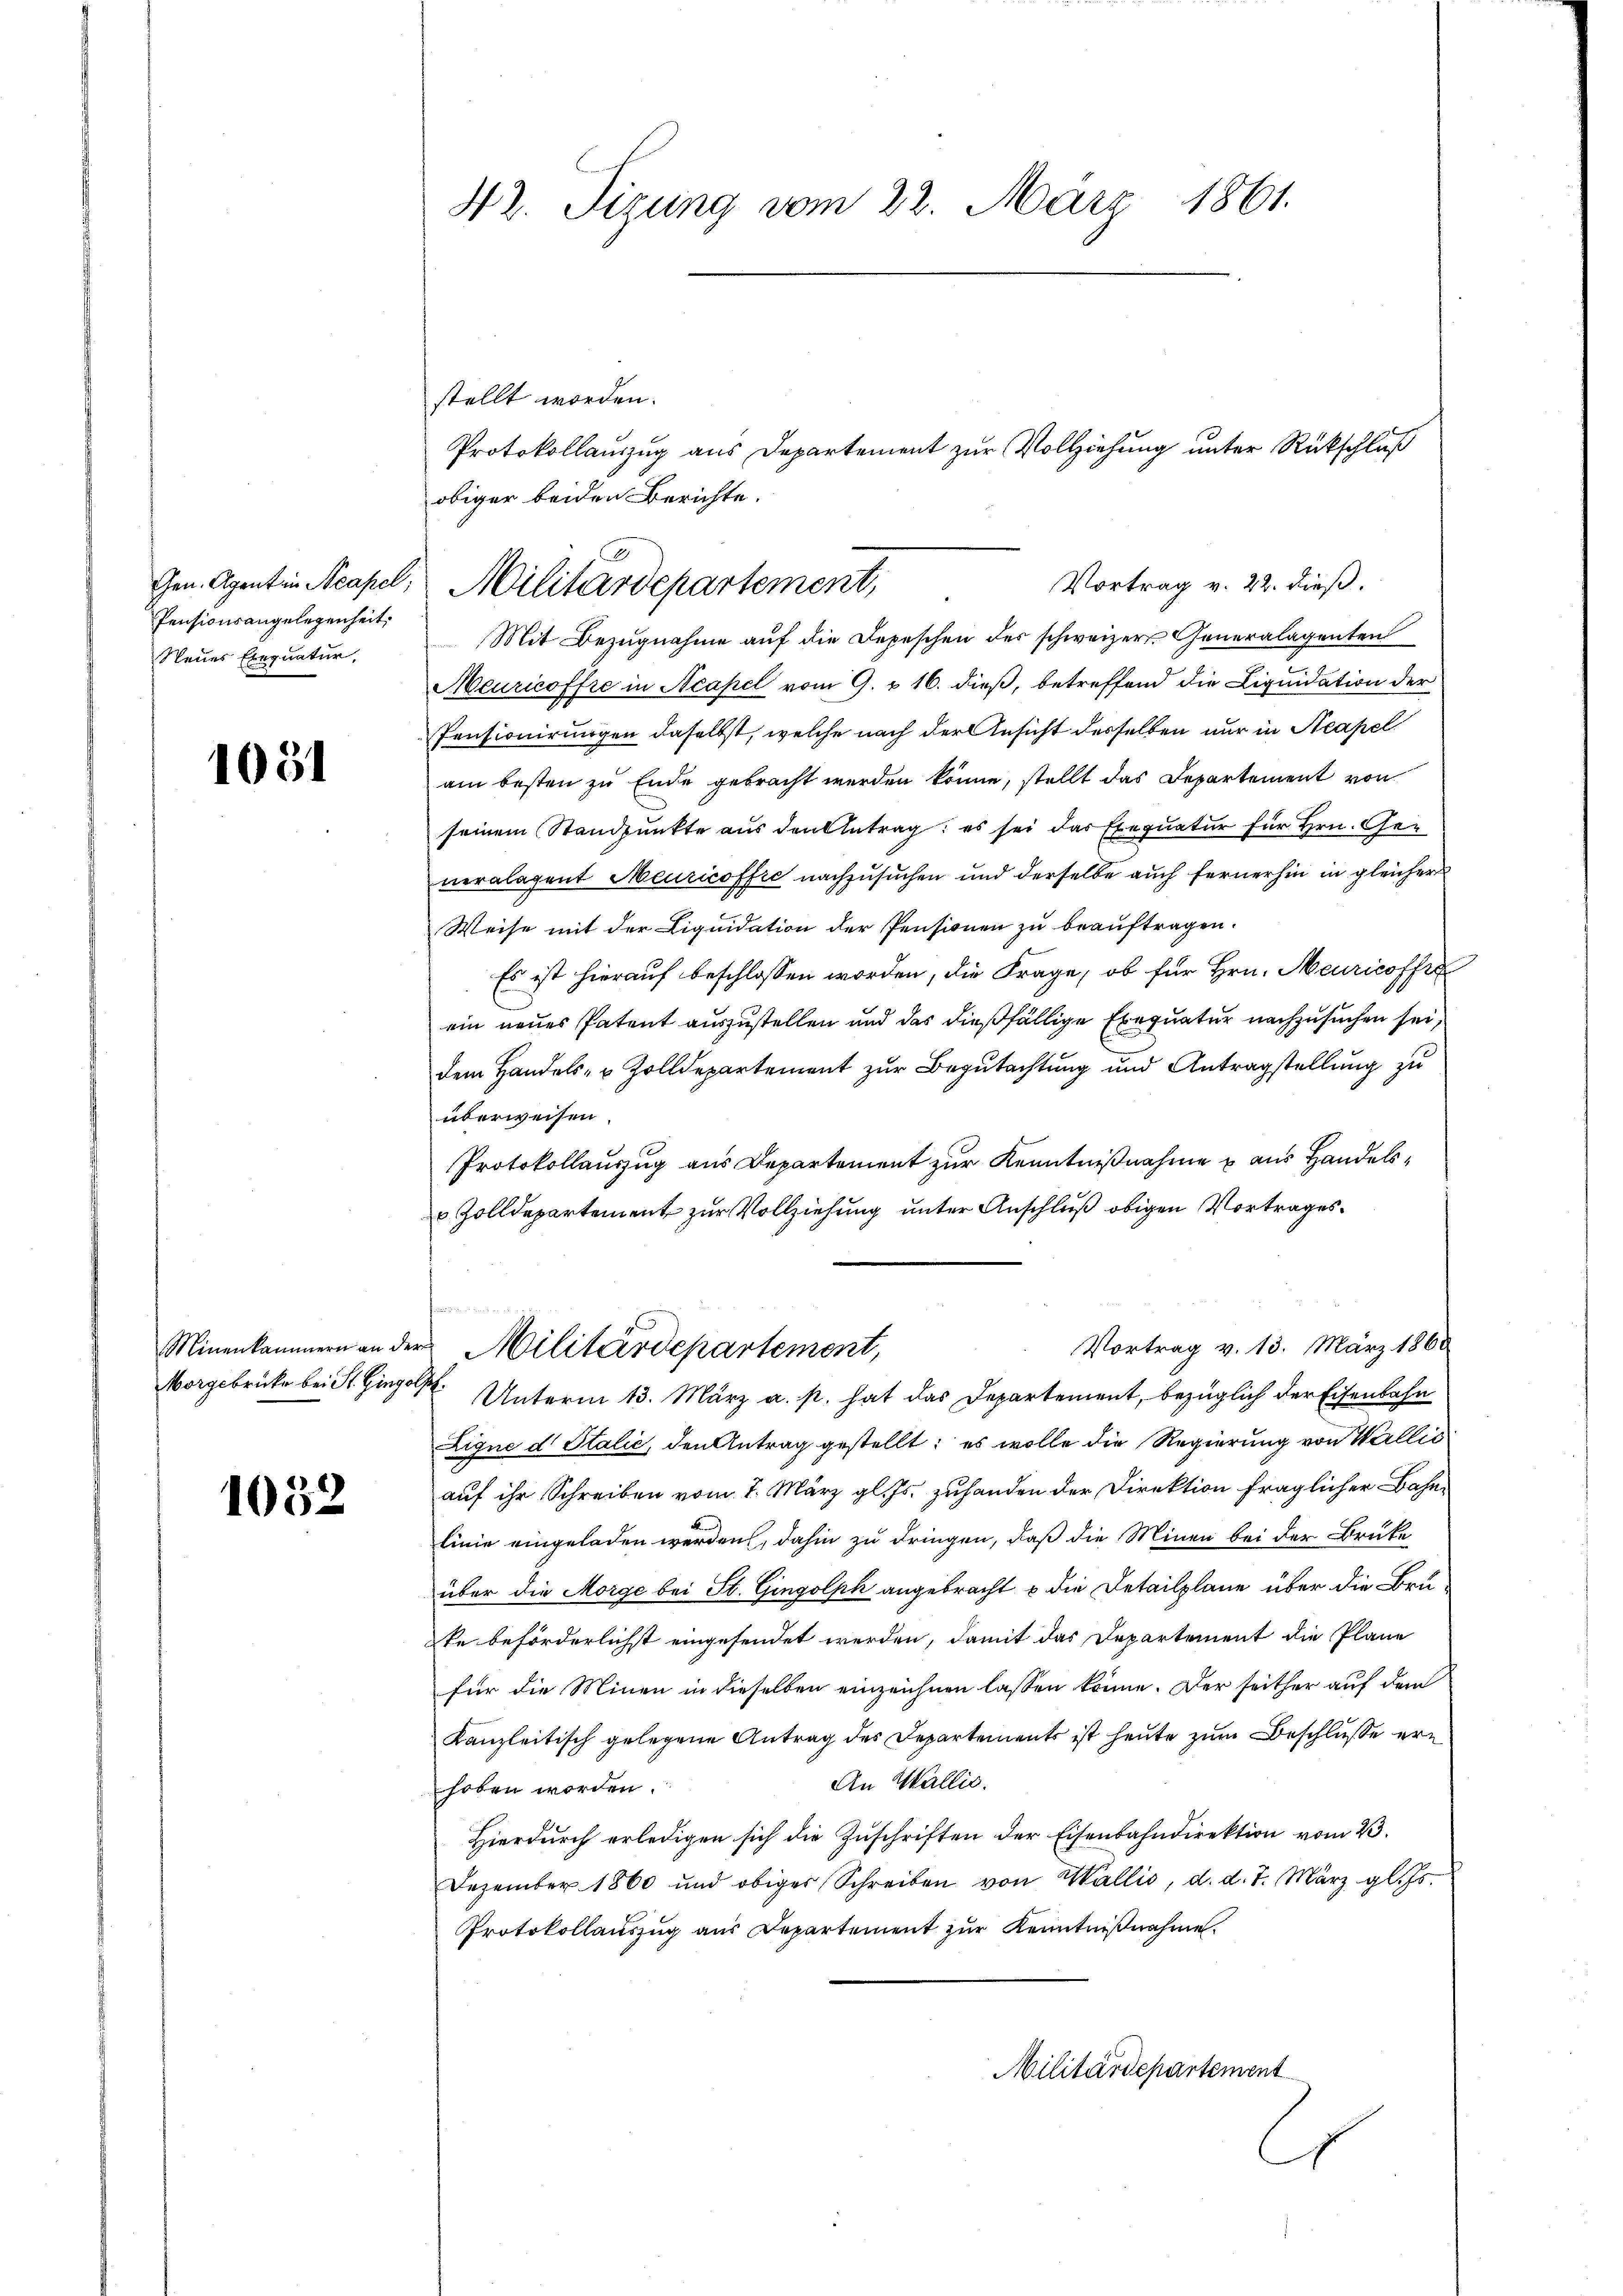
Gen. Agentin Neapel
Pensionsangelegenheit,
Neues Exequatur,

1051

Morgebrücke bei St. Gingol,

1052

stellt worden.
obiger beiden Berichte.

42. Sizung vom 22. März 1861.

Vortrag v. 22. dieß.
Mit Bezugnahme auf die Depeschen der schweizer Generalagenten
Meuricoffre in Acapel vom 9. & 16. dieß, betreffend die Liquidation der
Pensionirungen daselbst, welche nach der Ansicht desselben nur in Neapel
am besten zu Ende gebracht werden könne, stellt das Departement von
seinem Standpunkte aus den Antrag: es sei das Exequatur für Hrn. Generalagent Meuricoffre nachzusuchen und derselbe auch fernerhin in gleicher
Weise mit der Liquidation der Pensionen zu beauftragen.
Es ist hierauf beschlossen worden, die Frage, ob für Hrn. Meuricoffer
ein neues Patent auszustellen und das dießfällige Exequatur nachzusuchen sei,
dem Handels- & Zolldepartement zur Begutachtung und Antragstellung zu
überweisen.
Protokollauszug aus Departement zur Kenntnißnahme aus Handels¬
u Zolldepartement zur Vollziehung unter Anschluß obigen Vortrages.
un
Vortrag v. 13. März 1868
Minenkammern an der Militärdepartement,
 Unterm 13. März a. p. hat das Departement, bezüglich der Eisenbahn
Eigne d. Stalić, den Antrag gestellt; es wolle die Regierung von Wallis
auf ihr Schreiben vom 7. März gl. Js. zuhanden der Direktion fraglicher Bahnlinie eingeladen werden, dahin zu dringen, daß die Minen bei der Brüke
über die Morge bei St. Gingolph angebracht u die Detailpläne über die Bru-
te beförderlichst eingesendet werden, damit das Departement die Pläne
für die Minen in dieselben einzeichnen lassen könne. Der seither auf dem
Kanzleitisch gelegene Antrag des Departements ist heute zum Beschlusse er¬
An Wallis.
hoben worden.
Hierdurch erledigen sich die Zuschriften der Eisenbahndirektion vom 23.
Dezember 1860 und obiger Schreiben von Wallis, d. d. 7. März gl. Js.
Protokollauszug aus Departement zur Kenntnißnahme.
Militärdepartement

Protokollauszug aus Departement zur Vollziehung unter Rückschluß

Militärdepartement,